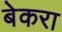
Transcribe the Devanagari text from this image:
बेकरा